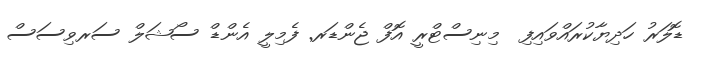
ޑޮލަރު ހަދިޔާކުރައްވައިފި  މިނިސްޓްރީ އޮފް ޖެންޑަރ